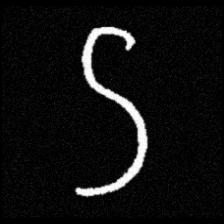
Pyu character \u2014 Myanmar letter: ဌ (romanized: ttha)